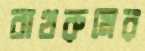
বাথরুমের